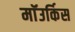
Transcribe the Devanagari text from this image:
माॅउर्किस